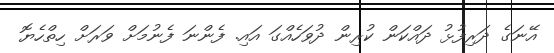
އޭނަގެ ދަރިފުޅު ދައްކަން ކުރިން ދުވަހެއްގަ އައި. ފެންނަ ފެނުމަށް ވަރަށް ހިތްހެޔޮ